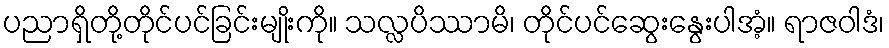
ပညာရှိတို့တိုင်ပင်ခြင်းမျိုးကို။ သလ္လပိဿာမိ၊ တိုင်ပင်ဆွေးနွေးပါအံ့။ ရာဇဝါဒံ၊